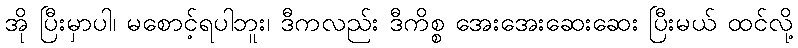
အို ပြီးမှာပါ၊ မစောင့်ရပါဘူး၊ ဒီကလည်း ဒီကိစ္စ အေးအေးဆေးဆေး ပြီးမယ် ထင်လို့